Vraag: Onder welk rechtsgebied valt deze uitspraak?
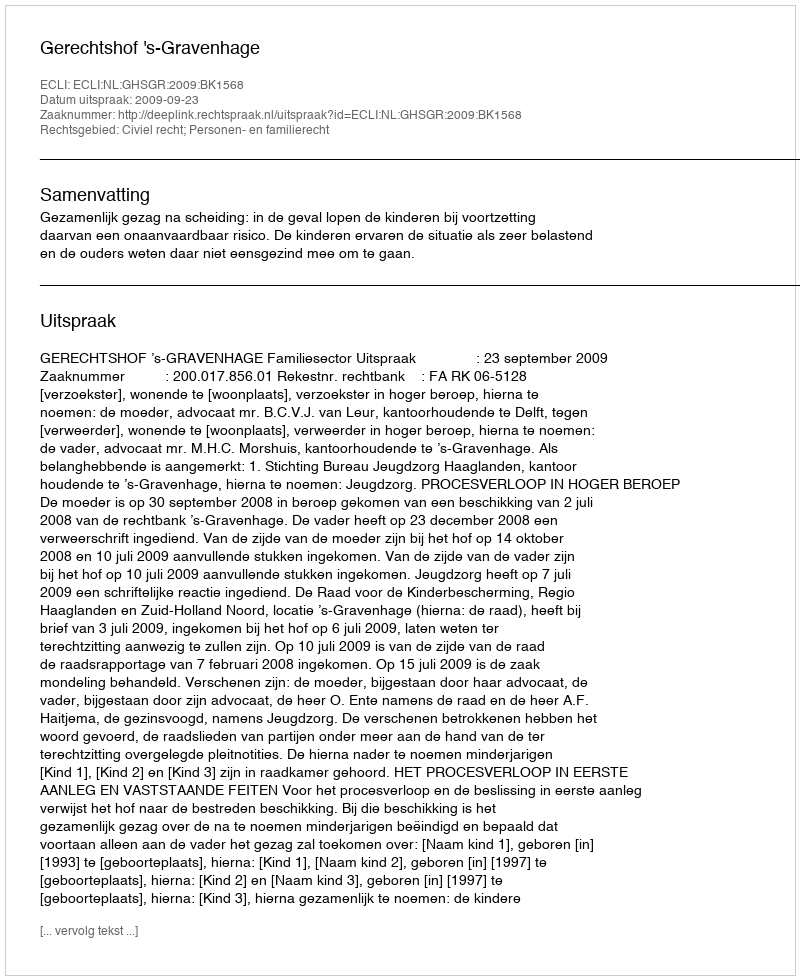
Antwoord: Civiel recht; Personen- en familierecht